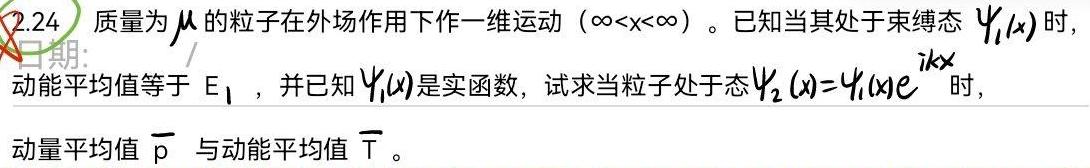
质量为$\mu$的粒子在外场作用下作一维运动（$-\infty<x<\infty$）。已知当其处于束缚态$\psi_1(x)$时，动能平均值等于$E_1$，并已知$\psi_1(x)$是实函数，试求当粒子处于态$\psi_2(x)=\psi_1(x)e^{ikx}$时，动量平均值$\overline{p}$与动能平均值$\overline{T}$。